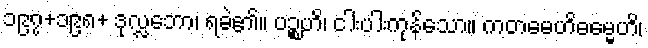
၁၉၇+၁၉၈+ ဒုလ္လဘော၊ ရခဲ၏။ ပဉ္စဟိ၊ ငါးပါးကုန်သော။ ကတမေဟိဓမ္မေဟိ၊